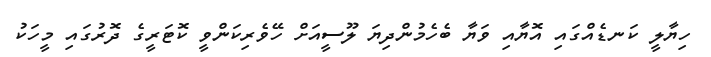
ހިޔާލީ ކަނޑެއްގައި އޮޔާއި ވަޔާ ބެހެމުންދިޔަ ލޫސީއަށް ހޭވެރިކަންވީ ކޮޓަރީގެ ދޮރުގައި މީހަކު